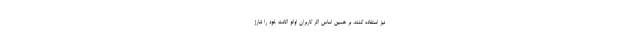
نیز استفاده کنند. بر همین اساس اگر کاربران اوانو اکانت خود را شارژ